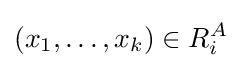
(x_{1},\ldots ,x_{k})\in R_{i}^{A}